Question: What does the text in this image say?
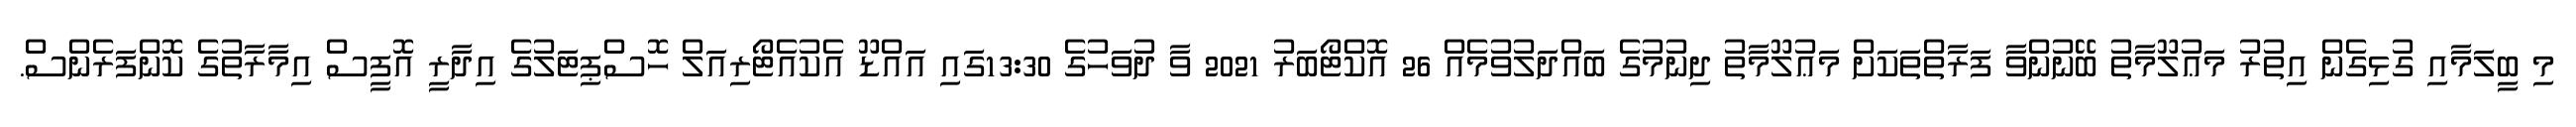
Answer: މި ބީލަމާއި ގުޅިގެން އިތުރު މަޢުލޫމާތު ބޭނުންވާ ފަރާތްތަކަށް މަޢުލޫމާތު ދިނުމުގެ ބައްދަލުވުމެއް 26 އޮކްޓޯބަރު 2021 ވާ ދުވަހުގެ 13:30ގައި އައްޑޫ އެކުއެޓޯރިއަލް ހޮސްޕިޓަލުގެ އިދާރީ އޮފީސް އިމާރާތުގެ ކޮންފަރެންސް.